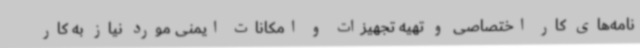
نامه‌های کار اختصاصی و تهیه تجهیزات و امکانات ایمنی مورد نیاز به کار